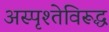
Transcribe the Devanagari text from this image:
अस्पृश्तेविरूद्ध